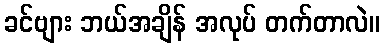
ခင်ဗျား ဘယ်အချိန် အလုပ် တက်တာလဲ။